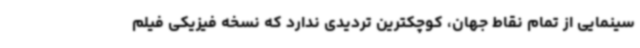
سینمایی از تمام نقاط جهان، کوچکترین تردیدی ندارد که نسخه فیزیکی فیلم